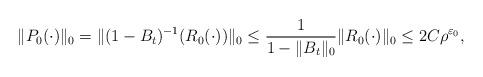
LaTeX: \begin{align*}\|P_0(\cdot)\|_0=\|(1-{B_t})^{-1}(R_0(\cdot))\|_0\leq \frac{1}{1-\|B_t\|_0}\|R_0(\cdot)\|_0 \leq 2C\rho^{\varepsilon_0},\end{align*}